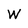
Character: W